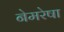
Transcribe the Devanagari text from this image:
नेमरेषा